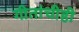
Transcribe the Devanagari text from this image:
गीतांचीही